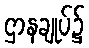
ဌာနချုပ်၌